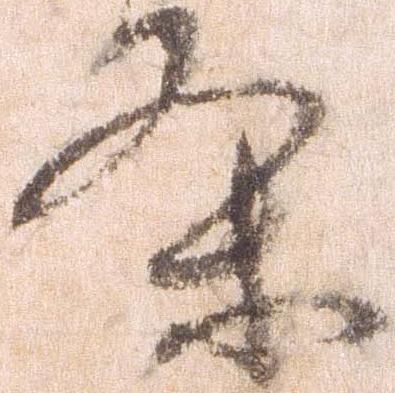
条